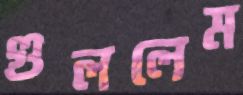
গুললেম